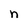
Character: n